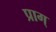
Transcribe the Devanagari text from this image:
प्राग्